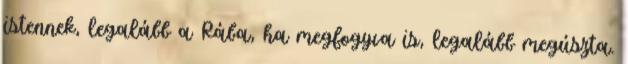
istennek, legalább a Rába, ha megfogyva is, legalább megúszta.